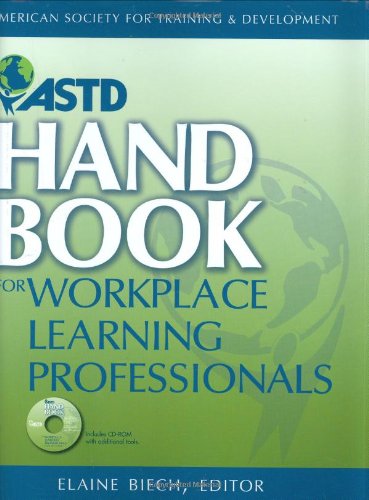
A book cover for ASTD Handbook For Workplace Learning Professionals; Reference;